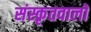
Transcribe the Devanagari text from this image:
संस्कृतवालों